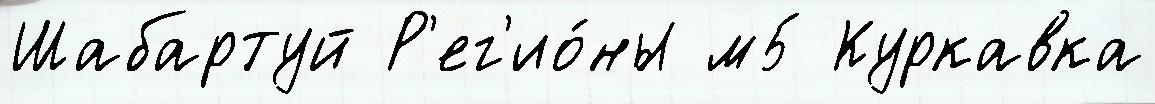
Шабартуй Р'ег'ио́ны м5 Куркавка